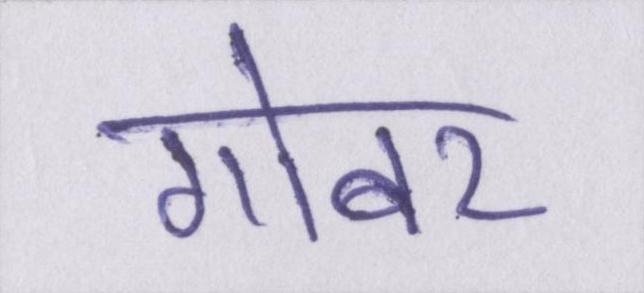
गोबर